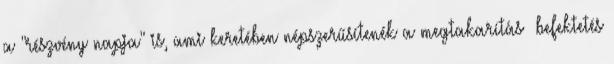
a "részvény napja" is, ami keretében népszerűsítenék a megtakarítás befektetés